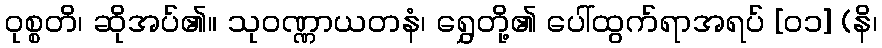
ဝုစ္စတိ၊ ဆိုအပ်၏။ သုဝဏ္ဏာယတနံ၊ ရွှေတို့၏ ပေါ်ထွက်ရာအရပ် [၀၁] (နိ၊